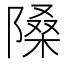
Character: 𨻗